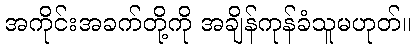
အကိုင်းအခက်တို့ကို အချိန်ကုန်ခံသူမဟုတ်။